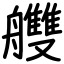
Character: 艭